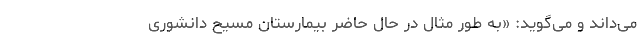
می‌داند و می‌گوید: «به‌ طور مثال در حال حاضر بیمارستان مسیح دانشوری